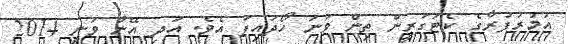
އުމުރުފުރާގެ ކެޓަގަރީން ތިން ވަނަ ހޯދައިފަ އެވެ. އަދި އޭނާ ވަނީ 2014